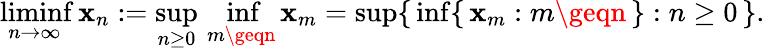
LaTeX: \operatorname*{liminf}_{n\to\infty}\mathbf{x}_{n}:=\operatorname*{sup}_{n\geq0}\, \operatorname*{inf}_{m\geqn}\mathbf{x}_{m}=\operatorname*{sup}\{ \, \operatorname*{inf}\{ \, \mathbf{x}_{m}:m\geqn\, \} :n\geq0\, \} .